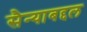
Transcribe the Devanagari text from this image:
सैन्याबद्दल